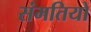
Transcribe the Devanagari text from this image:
संमतियो